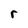
Character: r